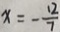
x = - \frac { 1 2 } { 7 }